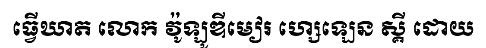
ធ្វើឃាត លោក វ៉ូឡូឌីមៀរ ហ្សេឡេន ស្គី ដោយ